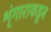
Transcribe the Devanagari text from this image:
शृंगाराकडून